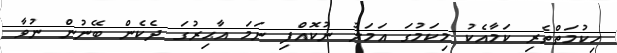
ހިކުމަތްތެރި ކަމާއެކު މިކަމުގަ އަމަލު ނުކޮއްފި ނަމަ އާޙިރުގަ ދެކެން ބޭނުން ނުވާ